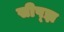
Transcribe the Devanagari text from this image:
सीप्झ